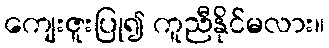
ကျေးဇူးပြု၍ ကူညီနိုင်မလား။